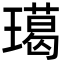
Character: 𤩲